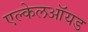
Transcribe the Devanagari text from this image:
एल्केलऑयड